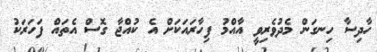
ހާދިސާ ހިނގަން މެދުވެރިވީ އާއްމު ފިހާރައަކަށް އެ ކުއްޖާ ގޮސް އެތައް ފަހަރަކު